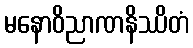
မနောဝိညာဏနိဿိတံ